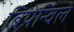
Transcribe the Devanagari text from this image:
बियेन्विले